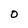
Character: O